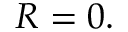
R = 0 .